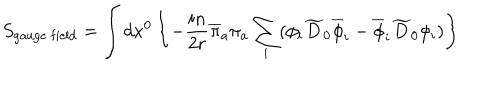
S _ { \mathrm { g a u g e ~ f i e l d } } = \int d x ^ { 0 } \left\{ - { \frac { i n } { 2 r } } \overline { { { \pi } } } _ { a } \pi _ { a } \sum _ { i } ( \phi _ { i } \widetilde { D } _ { 0 } \overline { { { \phi } } } _ { i } - \overline { { { \phi } } } _ { i } \widetilde { D } _ { 0 } \phi _ { i } ) \right\}